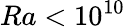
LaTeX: Ra<10^{10}